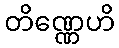
တိဏ္ဏေဟိ